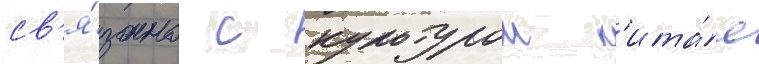
св'я́зано с культурои к'ита́я